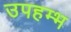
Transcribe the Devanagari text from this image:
उपहम्भ